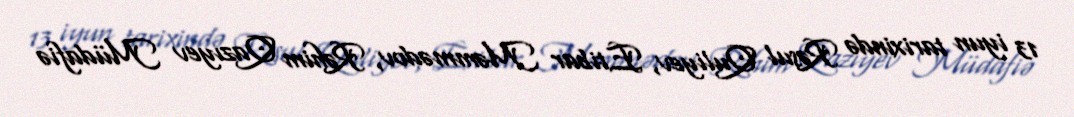
13 iyun tarixində Rəsul Quliyev, Etibar Məmmədov, Rəhim Qazıyev Müdafiə